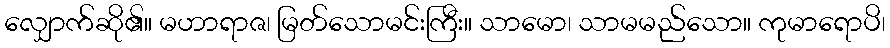
လျှောက်ဆို၏။ မဟာရာဇ၊ မြတ်သောမင်းကြီး။ သာမော၊ သာမမည်သော။ ကုမာရောပိ၊